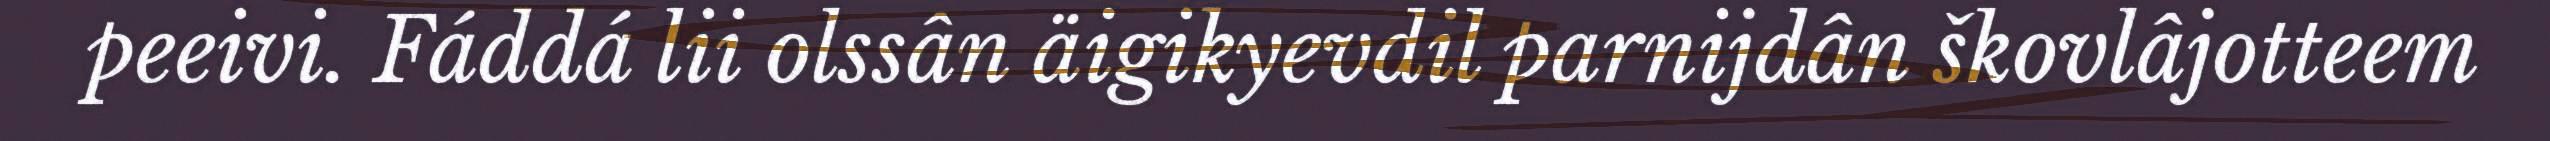
peeivi. Fáddá lii olssân äigikyevdil parnijdân škovlâjotteem